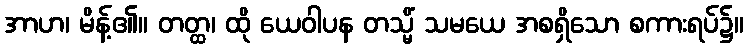
အာဟ၊ မိန့်၏။ တတ္ထ၊ ထို ယေဝါပန တသ္မိံ သမယေ အစရှိသော စကားရပ်၌။